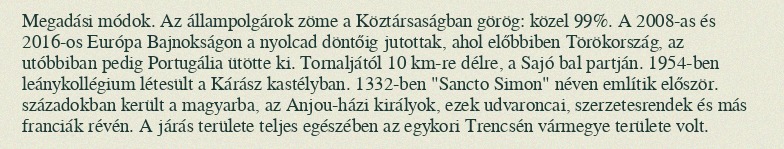
Megadási módok. Az állampolgárok zöme a Köztársaságban görög: közel 99%. A 2008-as és 2016-os Európa Bajnokságon a nyolcad döntőig jutottak, ahol előbbiben Törökország, az utóbbiban pedig Portugália ütötte ki. Tornaljától 10 km-re délre, a Sajó bal partján. 1954-ben leánykollégium létesült a Kárász kastélyban. 1332-ben "Sancto Simon" néven említik először. századokban került a magyarba, az Anjou-házi királyok, ezek udvaroncai, szerzetesrendek és más franciák révén. A járás területe teljes egészében az egykori Trencsén vármegye területe volt.